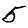
Digit: 5